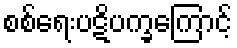
စစ်ရေးပဋိပက္ခကြောင့်